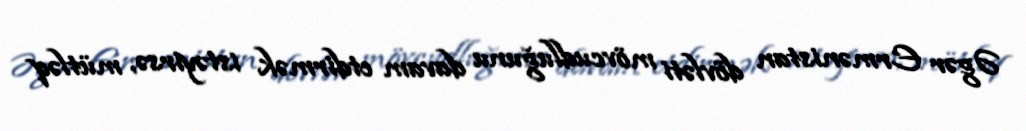
Əgər Ermənistan dövləti mövcudluğunu davam etdirmək istəyirsə, mütləq